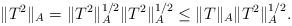
LaTeX: \begin{align*}\|T^2\|_A=\|T^2\|_A^{1/2}\|T^2\|_A^{1/2}\leq \|T\|_A\|T^2\|_A^{1/2}.\end{align*}